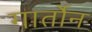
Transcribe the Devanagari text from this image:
गार्तोन